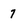
Character: 7